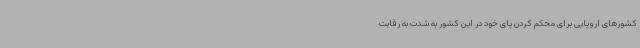
کشورهای اروپایی برای محکم کردن پای خود در این کشور به شدت به رقابت